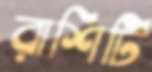
রাশিটি